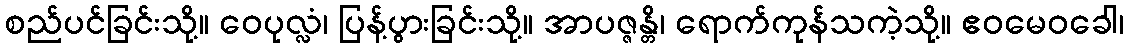
စည်ပင်ခြင်းသို့။ ဝေပုလ္လံ၊ ပြန့်ပွားခြင်းသို့။ အာပဇ္ဇန္တိ၊ ရောက်ကုန်သကဲ့သို့။ ဧဝမေဝခေါ၊